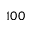
1 0 0